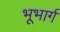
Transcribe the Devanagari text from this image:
भूभार्ग